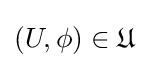
(U,\phi )\in {\mathfrak {U}}